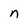
Character: n